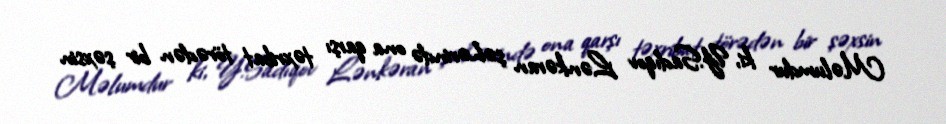
Məlumdur ki, Y.Sadıqov Lənkəran şəhərində ona qarşı təxribat törədən bir şəxsin